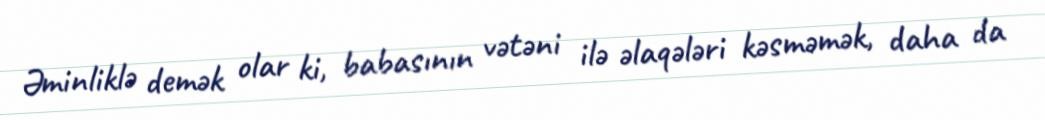
Əminliklə demək olar ki, babasının vətəni ilə əlaqələri kəsməmək, daha da